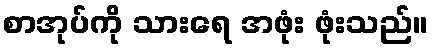
စာအုပ်ကို သားရေ အဖုံး ဖုံးသည်။